Report on vaccination in the Province of Bengal - 1874-1889
Year: 1874
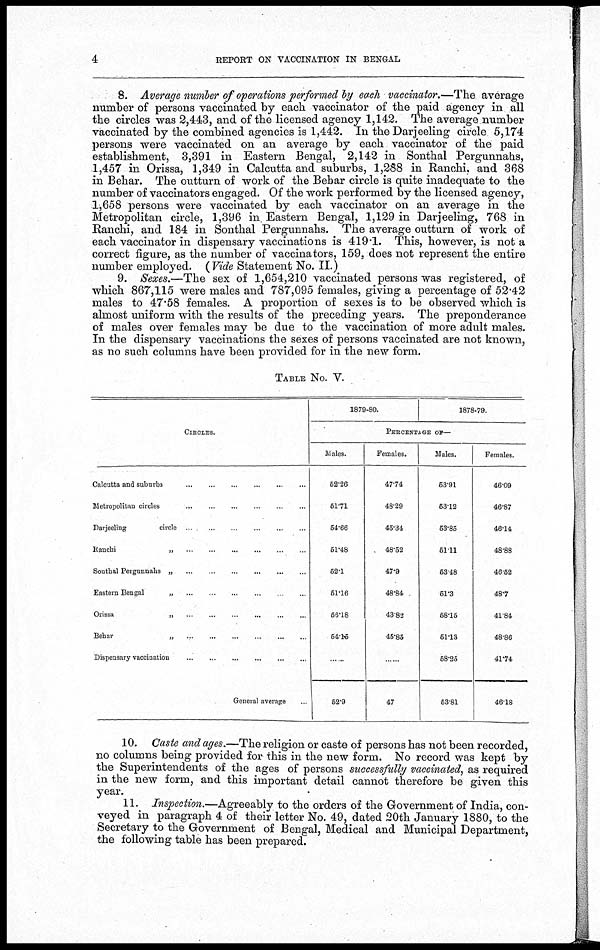
4
REPORT ON VACCINATION IN BENGAL
8. Average number of operations performed by each vaccinator.—The average
number of persons vaccinated by each vaccinator of the paid agency in all
the circles was 2,443, and of the licensed agency 1,142. The average number
vaccinated by the combined agencies is 1,442. In the Darjeeling circle 5,174
persons were vaccinated on an average by each vaccinator of the paid
establishment, 3,391 in Eastern Bengal, 2,142 in Sonthal Pergunnahs,
1,457 in Orissa, 1,349 in Calcutta and suburbs, 1,288 in Ranchi, and 368
in Behar. The outturn of work of the Behar circle is quite inadequate to the
number of vaccinators engaged. Of the work performed by the licensed agency,
1,658 persons were vaccinated by each vaccinator on an average in the
Metropolitan circle, 1,396 in Eastern Bengal, 1,129 in Darjeeling, 768 in
Ranchi, and 184 in Sonthal Pergunnahs. The average outturn of work of
each vaccinator in dispensary vaccinations is 419.1. This, however, is not a
correct figure, as the number of vaccinators, 159, does not represent the entire
number employed. (Vide Statement No. II.)
9. Sexes.—The sex of 1,654,210 vaccinated persons was registered, of
which 867,115 were males and 787,095 females, giving a percentage of 52.42
males to 47.58 females. A proportion of sexes is to be observed which is
almost uniform with the results of the preceding years. The preponderance
of males over females may be due to the vaccination of more adult males.
In the dispensary vaccinations the sexes of persons vaccinated are not known,
as no such columns have been provided for in the new form.
TABLE NO. V.
CIRCLES.
Calcutta and
suburbs...
...
...
...
...
Metropolitan
circles...
...
...
...
...
Darjeeling
circle .
...
...
...
...
...
Ranchi...
...
...
...
...
Sonthal Pergunnahs„
...
...
...
...
Eastern Bengal
„
...
...
...
...
Orissa
„
.
...
...
...
...
Behar
„
...
...
...
...
Dispensary vaccination
...
...
...
...
...
...
General average... ... ... ... ...
1879-80.
1878-79.
PERCENTAGE OF—
Males.
62.26
51.71
54.66
51.48
52.1
51.16
56.18
54.16
......
52.9
Females.
47.74
48.29
45.34
48.52
47.9
48.84
43.82
45.85
......
47
Males.
53.91
53.12
53.85
51.11
53.48
51.3
58.15
51.13
58.25
53.81
Females.
46.09
46.87
46.14
48.88
46.52
48.7
41.84
48.86
41.74
46.18
10. Caste and ages.—The religion or caste of persons has not been recorded,
no columns being provided for this in the new form. No record was kept by
the Superintendents of the ages of persons successfully vaccinated, as required
in the new form, and this important detail cannot therefore be given this
year.
11. Inspection.—Agreeably to the orders of the Government of India, con-
veyed in paragraph 4 of their letter No. 49, dated 20th January 1880, to the
Secretary to the Government of Bengal, Medical and Municipal Department,
the following table has been prepared.